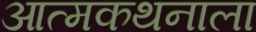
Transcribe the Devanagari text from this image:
आत्मकथनाला